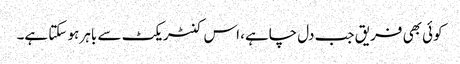
کوئی بھی فریق جب دل چاہے، اس کنٹریکٹ سے باہر ہو سکتا ہے۔